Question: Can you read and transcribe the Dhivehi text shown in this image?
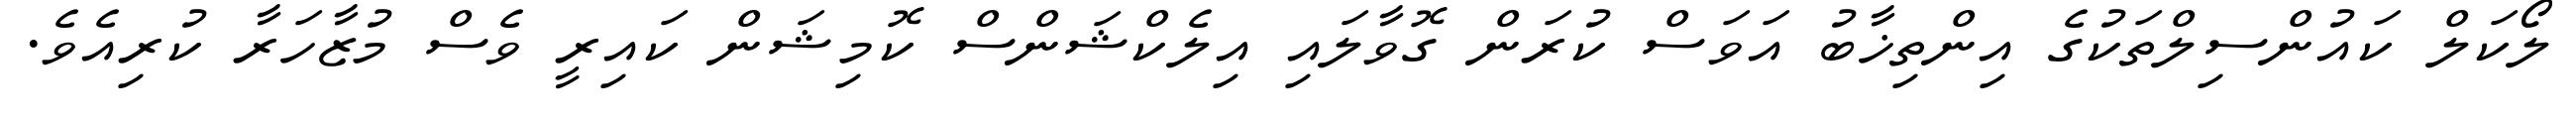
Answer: ލޯކަލް ކައުންސިލްތަކުގެ އިންތިޚާބު އަވަސް ކުރަން ގޮވާލައި އިލެކްޝަންސް ކޮމިޝަން ކައިރީ ވެސް މުޒާހަރާ ކުރިއެވެ.